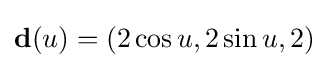
\mathbf {d} (u)=(2\cos u,2\sin u,2)